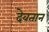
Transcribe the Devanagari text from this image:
देवतान